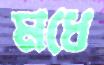
মধে